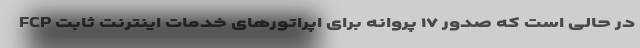
در حالی است که صدور ۱۷ پروانه برای اپراتورهای خدمات اینترنت ثابت FCP